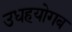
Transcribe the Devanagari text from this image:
उधहयोगब